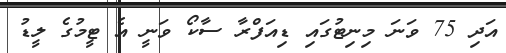
އަދި 75 ވަނަ މިނިޓުގައި ޑިއަފްރާ ސާކޯ ވަނީ އެ ޓީމުގެ ލީޑު